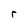
Character: r